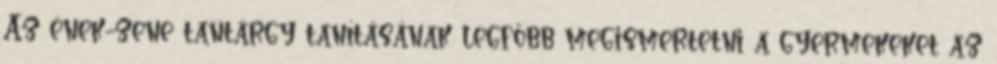
Az ének-zene tantárgy tanításának legfőbb megismertetni a gyermekeket az